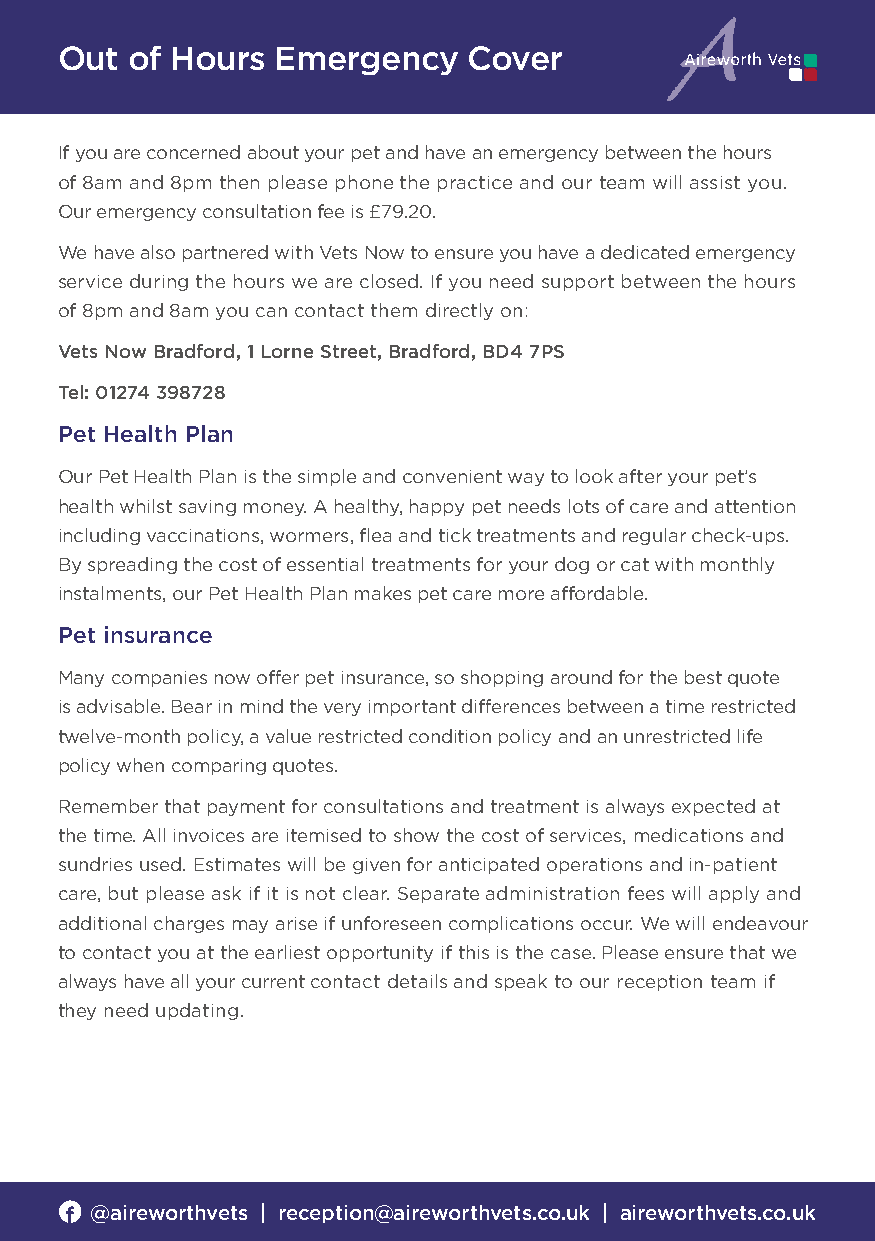
Out of Hours  Emergency    Cover
 If you are concerned about your pet and have an emergency between the hours
 of 8am and 8pm then please phone the practice and our team will assist you.
 Our emergency consultation fee is £79.20.
 We have also partnered with Vets Now to ensure you have a dedicated emergency
 service during the hours we are closed. If you need support between the hours
 of 8pm and 8am you can contact them directly on:
 Vets Now Bradford, 1 Lorne Street, Bradford, BD4 7PS
 Tel: 01274 398728
 Pet Health Plan
 Our Pet Health Plan is the simple and convenient way to look after your pet’s
 health whilst saving money. A healthy, happy pet needs lots of care and attention
 including vaccinations, wormers, flea and tick treatments and regular check-ups.
 By spreading the cost of essential treatments for your dog or cat with monthly
 instalments, our Pet Health Plan makes pet care more affordable.
 Pet insurance
 Many companies now offer pet insurance, so shopping around for the best quote
 is advisable. Bear in mind the very important differences between a time restricted
 twelve-month policy, a value restricted condition policy and an unrestricted life
 policy when comparing quotes.
 Remember that payment for consultations and treatment is always expected at
 the time. All invoices are itemised to show the cost of services, medications and
 sundries used. Estimates will be given for anticipated operations and in-patient
 care, but please ask if it is not clear. Separate administration fees will apply and
 additional charges may arise if unforeseen complications occur. We will endeavour
 to contact you at the earliest opportunity if this is the case. Please ensure that we
 always have all your current contact details and speak to our reception team if
 they need updating.
 @aireworthvets | reception@aireworthvets.co.uk | aireworthvets.co.uk